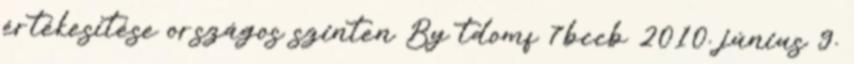
értékesítése országos szinten By tdomf 7bccb 2010. június 9.